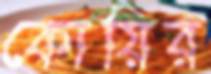
কোয়ির